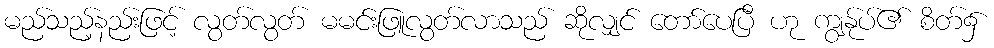
မည်သည့်နည်းဖြင့် လွတ်လွတ် မမင်းဖြူလွတ်လာသည် ဆိုလျှင် တော်ပေပြီ ဟု ကျွန်ုပ်၏ စိတ်၌